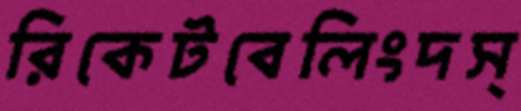
রিকেটবেলিংদস্